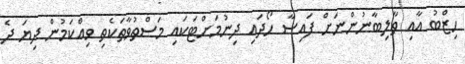
ހިޒްބު އާއި ތާލިބާނުންނަށް ފައިސާ ހޯދައި ދިނުމަށްޓަކައި މަސްތުވާތަކެތި ވިއްކަމުން ދިޔަ ދެ